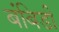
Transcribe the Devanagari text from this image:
बंबिडी